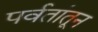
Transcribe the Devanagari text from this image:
पर्वतांतून